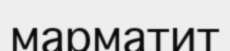
марматит